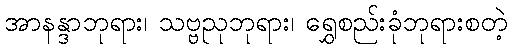
အာနန္ဒာဘုရား၊ သဗ္ဗညုဘုရား၊ ရွှေစည်းခုံဘုရားစတဲ့